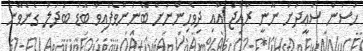
ހަސަން ސަޢީދަށް ނޫނީ ރާއްޖެ އާއި ދިވެހިންނަށް ބޭނުންވެފައިވާ ބޮޑު ބަދަލު ގެނެވޭނެ